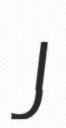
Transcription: J